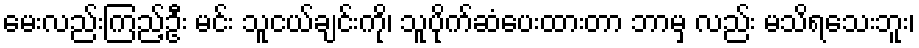
မေးလည်းကြည့်ဦး မင်း သူငယ်ချင်းကို၊ သူပိုက်ဆံပေးထားတာ ဘာမှ လည်း မသိရသေးဘူး၊